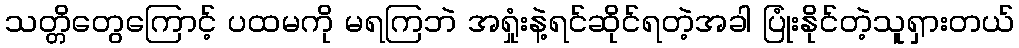
သတ္တိတွေကြောင့် ပထမကို မရကြဘဲ အရှုံးနဲ့ရင်ဆိုင်ရတဲ့အခါ ပြုံးနိုင်တဲ့သူရှားတယ်